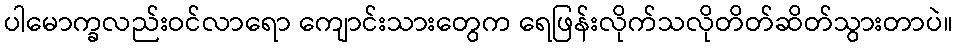
ပါမောက္ခလည်းဝင်လာရော ကျောင်းသားတွေက ရေဖြန်းလိုက်သလိုတိတ်ဆိတ်သွားတာပဲ။